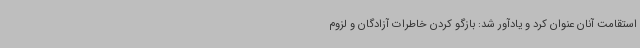
استقامت آنان عنوان کرد و یادآور شد: بازگو کردن خاطرات آزادگان و لزوم